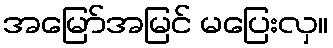
အမြော်အမြင် မပြေးလှ။